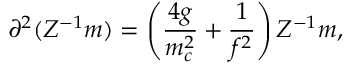
\partial ^ { 2 } ( Z ^ { - 1 } m ) = \left( \frac { 4 g } { m _ { c } ^ { 2 } } + \frac { 1 } { f ^ { 2 } } \right) Z ^ { - 1 } m ,